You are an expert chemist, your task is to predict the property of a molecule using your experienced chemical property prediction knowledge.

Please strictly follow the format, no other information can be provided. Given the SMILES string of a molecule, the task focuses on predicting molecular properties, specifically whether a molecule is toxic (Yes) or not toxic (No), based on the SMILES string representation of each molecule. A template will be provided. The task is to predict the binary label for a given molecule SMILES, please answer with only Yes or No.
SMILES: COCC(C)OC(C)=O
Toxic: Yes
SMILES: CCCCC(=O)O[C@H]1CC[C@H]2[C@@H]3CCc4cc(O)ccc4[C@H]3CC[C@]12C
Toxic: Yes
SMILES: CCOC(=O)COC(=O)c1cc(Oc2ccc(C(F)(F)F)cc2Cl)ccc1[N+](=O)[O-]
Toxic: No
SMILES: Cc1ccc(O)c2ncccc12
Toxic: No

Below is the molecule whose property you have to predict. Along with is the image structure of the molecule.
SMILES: ClCCOCCOCCCl
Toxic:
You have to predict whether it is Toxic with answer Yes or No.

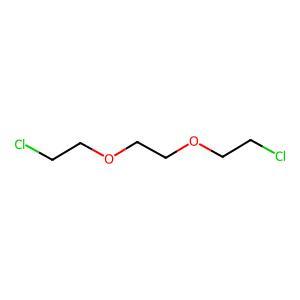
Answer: No